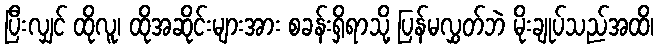
ပြီးလျှင် ထိုလူ၊ ထိုအဆိုင်းများအား စခန်းရှိရာသို့ ပြန်မလွှတ်ဘဲ မိုးချုပ်သည်အထိ၊